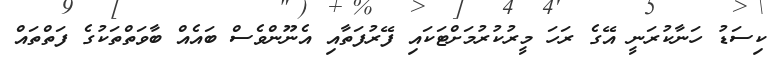
ކިސަޑު ހަނާކުރަނީ އޭގެ ރަހަ މީރުކުރުމަށްޓަކައި ފޭރުފަތާއި އެނޫންވެސް ބައެއް ބާވަތްތަކުގެ ފަތްތައް